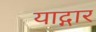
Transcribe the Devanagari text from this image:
याद्गार